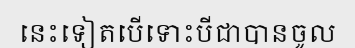
នេះទៀតបើទោះបីជាបានចូល